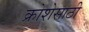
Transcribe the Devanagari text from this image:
क्रोशेसाठी